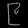
Digit: ၉